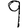
Digit: 9